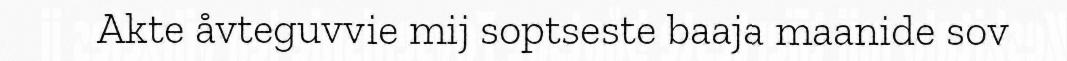
Akte åvteguvvie mij soptseste baaja maanide sov